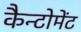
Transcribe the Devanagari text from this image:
कैन्‍टोमेंट